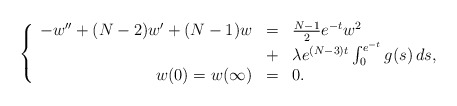
\begin{align*}\left\{ \begin{array}{rcl}-w'' + (N-2)w' + (N-1)w &=& \frac{N-1}{2} e^{-t} w^2 \\&+& \lambda e^{(N-3)t} \int_0^{e^{-t}} g(s) \, ds, \\w(0)=w(\infty) &=& 0.\end{array}\right.\end{align*}